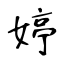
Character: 婷